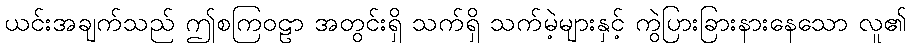
ယင်းအချက်သည် ဤစကြဝဠာ အတွင်းရှိ သက်ရှိ သက်မဲ့များနှင့် ကွဲပြားခြားနားနေသော လူ၏